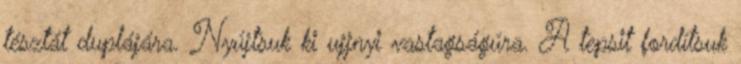
tésztát duplájára. Nyújtsuk ki ujjnyi vastagságúra. A tepsit fordítsuk